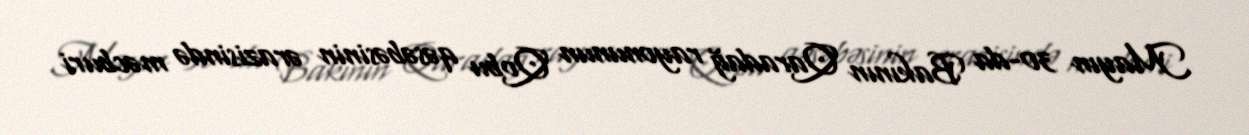
Mayın 30-da Bakının Qaradağ rayonunun Qobu qəsəbəsinin ərazisində məcburi